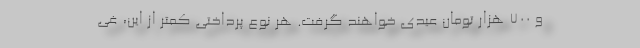
و ۷۰۰ هزار تومان عیدی خواهند گرفت. هر نوع پرداختی کمتر از این، غی